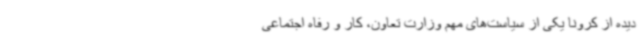
دیده از کرونا یکی از سیاست‌های مهم وزارت تعاون، کار و رفاه اجتماعی